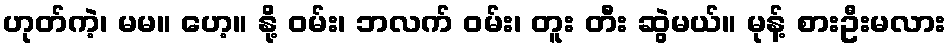
ဟုတ်ကဲ့၊ မမ။ ဟေ့။ နို့ ဝမ်း၊ ဘလက် ဝမ်း၊ တူး တီး ဆွဲမယ်။ မုန့် စားဦးမလား